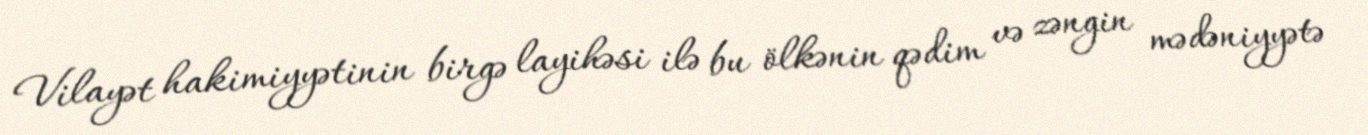
Vilayət hakimiyyətinin birgə layihəsi ilə bu ölkənin qədim və zəngin mədəniyyətə